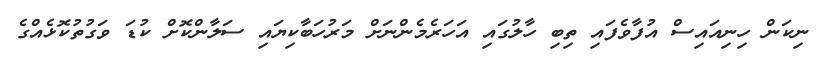
ނިކަން ހިނިއައިސް އުފާވެފައި ތިބި ހާލުގައި އަހަރެމެންނަށް މަރުހަބާކިޔައި ސަލާންކޮށް ކުޑަ ވަގުތުކޮޅެއްގެ